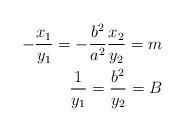
LaTeX: \begin{align*}-\dfrac{x_{1}}{y_{1}}=-\dfrac{b^{2}}{a^{2}}\dfrac{x_{2}}{y_{2}}=m \\\dfrac{1}{y_{1}}=\dfrac{b^{2}}{y_{2}}=B \end{align*}